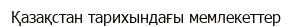
Қазақстан тарихындағы мемлекеттер